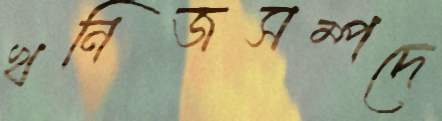
খনিজসম্পদে